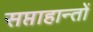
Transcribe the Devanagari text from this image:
सप्ताहान्तों